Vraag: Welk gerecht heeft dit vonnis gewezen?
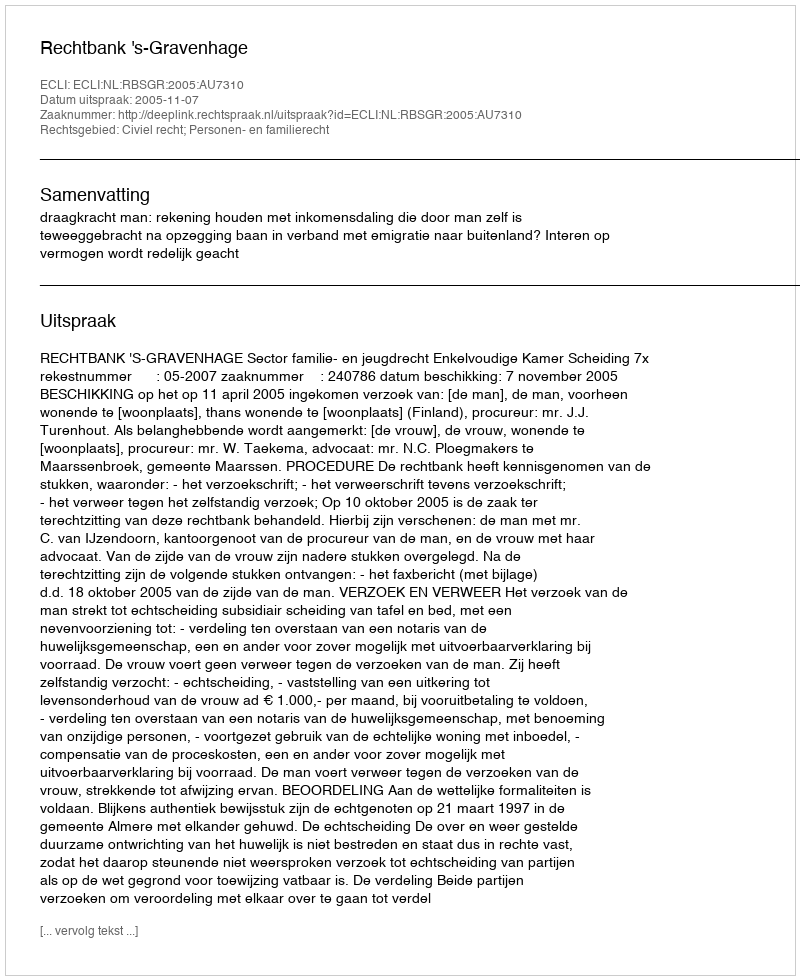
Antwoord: Rechtbank 's-Gravenhage